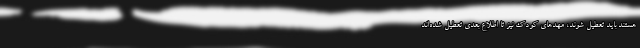
هستند باید تعطیل شوند، مهد‌های کودک نیز تا اطلاع بعدی تعطیل شده‌اند